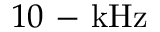
1 0 \mathrm { ~ - ~ } \mathrm { k H z }